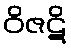
ဝိဇဋိ